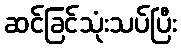
ဆင်ခြင်သုံးသပ်ပြီး